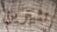
تثيرين